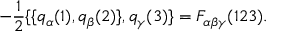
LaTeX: - \frac { 1 } { 2 } \{ \{ q _ { \alpha } ( 1 ) , q _ { \beta } ( 2 ) \} , q _ { \gamma } ( 3 ) \} = F _ { \alpha \beta \gamma } ( 1 2 3 ) .